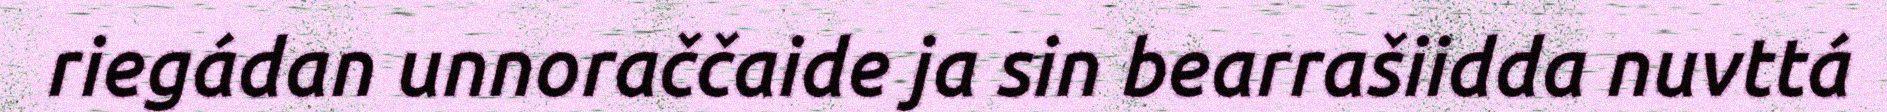
riegádan unnoraččaide ja sin bearrašiidda nuvttá